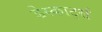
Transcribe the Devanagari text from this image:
डेस्कार्ट्स